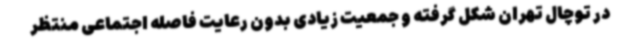
در توچال تهران شکل گرفته و جمعیت زیادی بدون رعایت فاصله اجتماعی منتظر